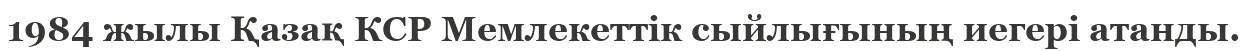
1984 жылы Қазақ КСР Мемлекеттік сыйлығының иегері атанды.